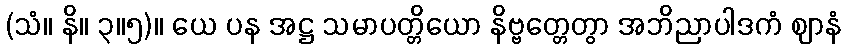
(သံ။ နိ။ ၃။၅)။ ယေ ပန အဋ္ဌ သမာပတ္တိယော နိဗ္ဗတ္တေတွာ အဘိညာပါဒကံ ဈာနံ